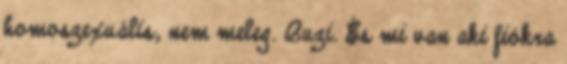
homoszexuális, nem meleg. Buzi. És mi van aki fiókra